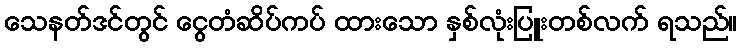
သေနတ်ဒင်တွင် ငွေတံဆိပ်ကပ် ထားသော နှစ်လုံးပြူးတစ်လက် ရသည်။